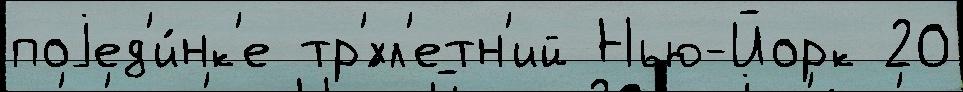
поjед'и́нк'е тр'́хл'етн'ий Нью-Йорк 20